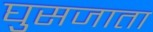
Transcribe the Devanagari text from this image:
घुसजाता